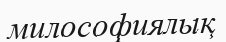
милософиялық